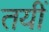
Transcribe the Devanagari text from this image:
तयीं